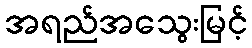
အရည်အသွေးမြင့်